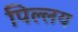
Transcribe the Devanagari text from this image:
पिल्लय